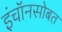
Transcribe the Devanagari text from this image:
इंचॉनसोबत